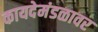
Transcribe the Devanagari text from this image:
कायदेमंडळावर